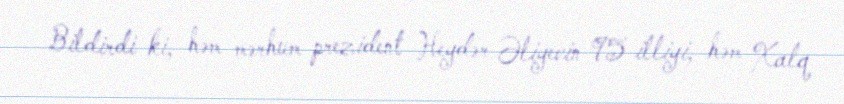
Bildirdi ki, həm mərhum prezident Heydər Əliyevin 95 illiyi, həm Xalq